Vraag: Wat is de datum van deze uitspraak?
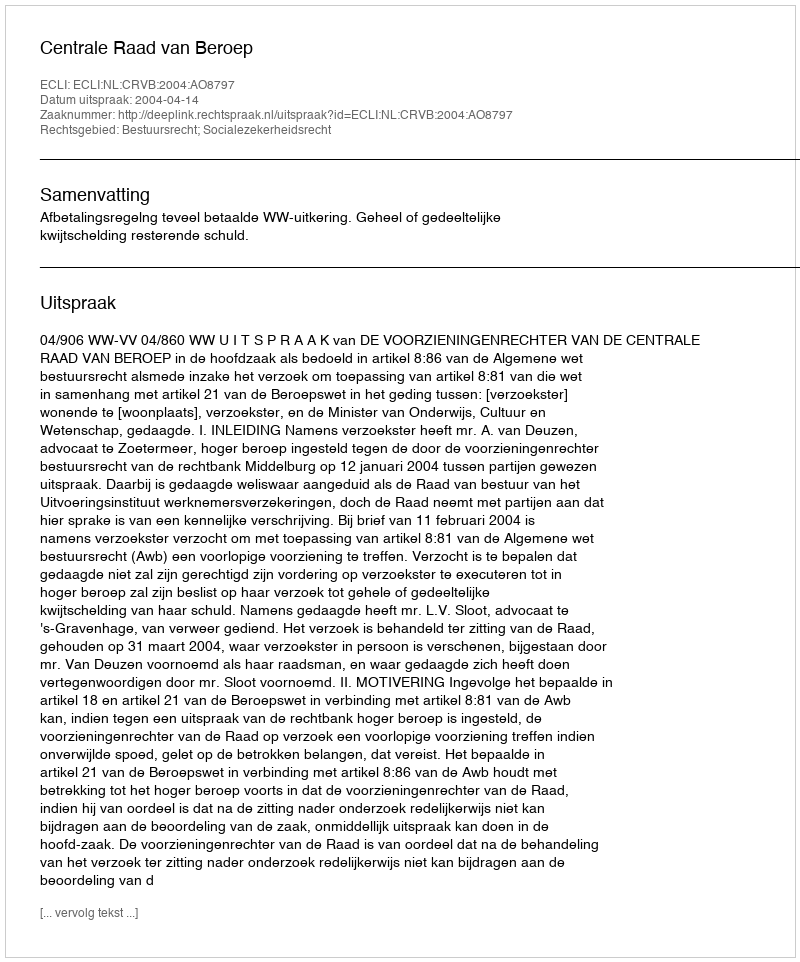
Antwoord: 2004-04-14